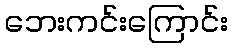
ဘေးကင်းကြောင်း